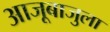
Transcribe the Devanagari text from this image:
आजूबाजुला